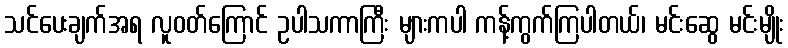
သင်ပေးချက်အရ လူဝတ်ကြောင် ဥပါသကာကြီး များကပါ ကန့်ကွက်ကြပါတယ်၊ မင်းဆွေ မင်းမျိုး